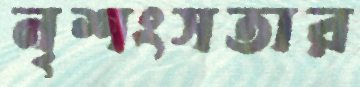
নৃশংসতার